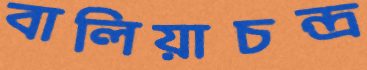
বালিয়াচন্দ্র